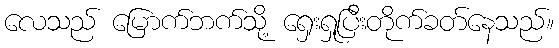
လေသည် မြောက်ဘက်သို့ ရှေးရှုပြီးတိုက်ခတ်နေသည်။